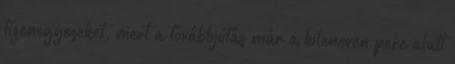
tizenegyeseket, mert a továbbjutás már a kilencven perc alatt